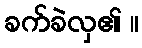
ခက်ခဲလှ၏ ။